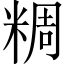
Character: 𥺝